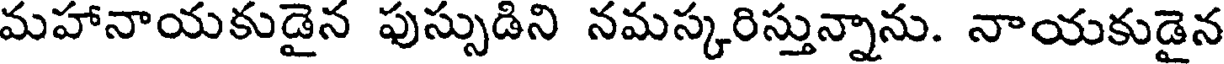
మహానాయకుడైన పుస్సుడిని నమస్కరిస్తున్నాను. నాయకుడైన